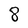
Character: 8